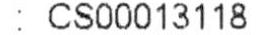
: CS00013118